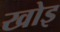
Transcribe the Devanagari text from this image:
खोइ